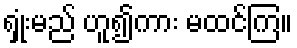
ရှုံးမည် ဟူ၍ကား မထင်ကြ။